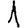
Digit: 1